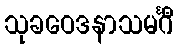
သုခဝေဒနာသမင်္ဂီ